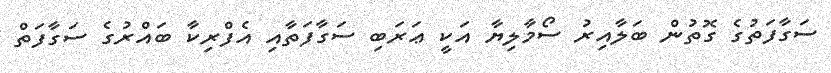
ސަގާފަތުގެ ގޮތުން ބަލާއިރު ސޯމާލިޔާ އަކީ ޢަރަބި ސަގާފަތާއި އެފްރިކާ ބައްރުގެ ސަގާފަތް